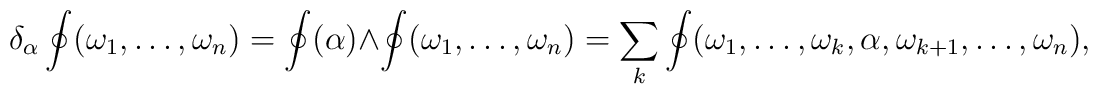
\delta_\alpha\oint(\omega_1,\ldots,\omega_n) = \oint(\alpha)\wedge\oint(\omega_1,\ldots,\omega_n)  = \sum_k\oint(\omega_1,\ldots,\omega_k,\alpha,\omega_{k+1},\ldots,\omega_n),